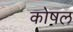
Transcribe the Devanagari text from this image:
कोषल